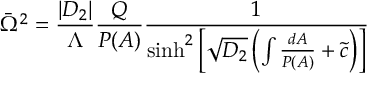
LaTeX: \bar { \Omega } ^ { 2 } = \frac { | D _ { 2 } | } { \Lambda } \frac { Q } { P ( A ) } \frac { 1 } { \sinh ^ { 2 } \left[ \sqrt { D _ { 2 } } \left( \int \frac { d A } { P ( A ) } + \tilde { c } \right) \right] }